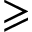
\geqslant